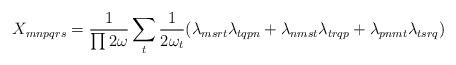
LaTeX: \begin{align*}X_{mnpqrs} = \frac{1}{\prod 2\omega} \sum_{t} \frac{1}{2\omega_{t}}(\lambda_{msrt}\lambda_{tqpn} + \lambda_{nmst} \lambda_{trqp} \vspace{-6pt}+ \lambda_{pnmt} \vspace{-8pt} \lambda_{tsrq})\end{align*}